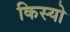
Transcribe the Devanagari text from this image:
किस्यो